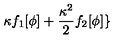
\kappa f _ { 1 } [ \phi ] + \frac { \kappa ^ { 2 } } { 2 } f _ { 2 } [ \phi ] \}